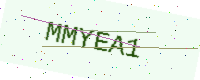
Text: MMYEA1